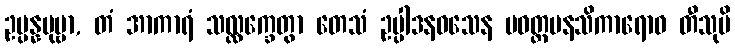
ဥပ္ပန္နပုဗ္ဗာ, တံ အာကာရံ သလ္လက္ခေတွာ တေသံ ဥပ္ပါဒနဝသေန ပဝတ္တမနသိကာရောဝ တီသုပိ